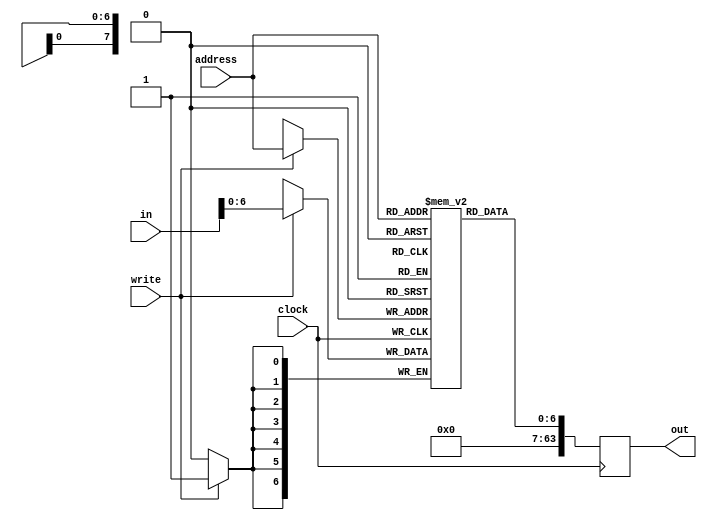
module Lab5_RAM(address, clock, in, write, out);
	input [7:0] address;
	input clock;
	input [63:0] in;
	input write;
	output reg [63:0] out;
	
	reg [6:0] mem[255:0];
	
	reg [63:0] Ein, addr, w;
	
	always @(posedge clock) begin 
		if(write) begin
		mem[address] <= in;
		end
		out <= mem[address];
		Ein <= in;
		addr <= address;
		w <= write;
	end
endmodule